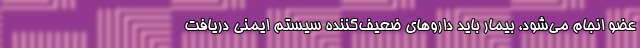
عضو انجام می‌شود، بیمار باید داروهای ضعیف‌کننده سیستم ایمنی دریافت